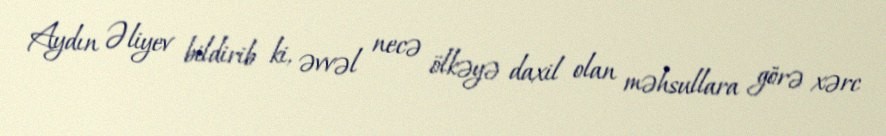
Aydın Əliyev bildirib ki, əvvəl necə ölkəyə daxil olan məhsullara görə xərc